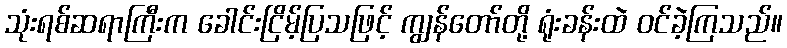
သုံးရစ်ဆရာကြီးက ခေါင်းငြိမ့်ပြသဖြင့် ကျွန်တော်တို့ ရုံးခန်းထဲ ဝင်ခဲ့ကြသည်။